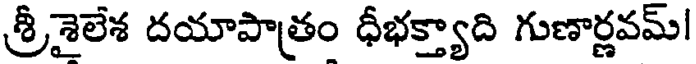
శ్రీశైలేశ దయాపాత్రం ధీభక్త్యాది గుణార్ణవమ్!